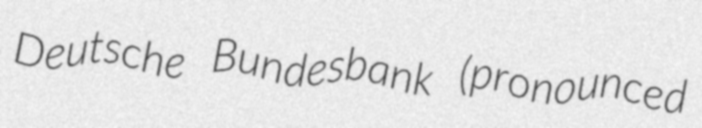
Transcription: Deutsche Bundesbank (pronounced